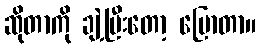
ဆိုတာကို ချဲ့ပြီးတော့ ပြောတာ။